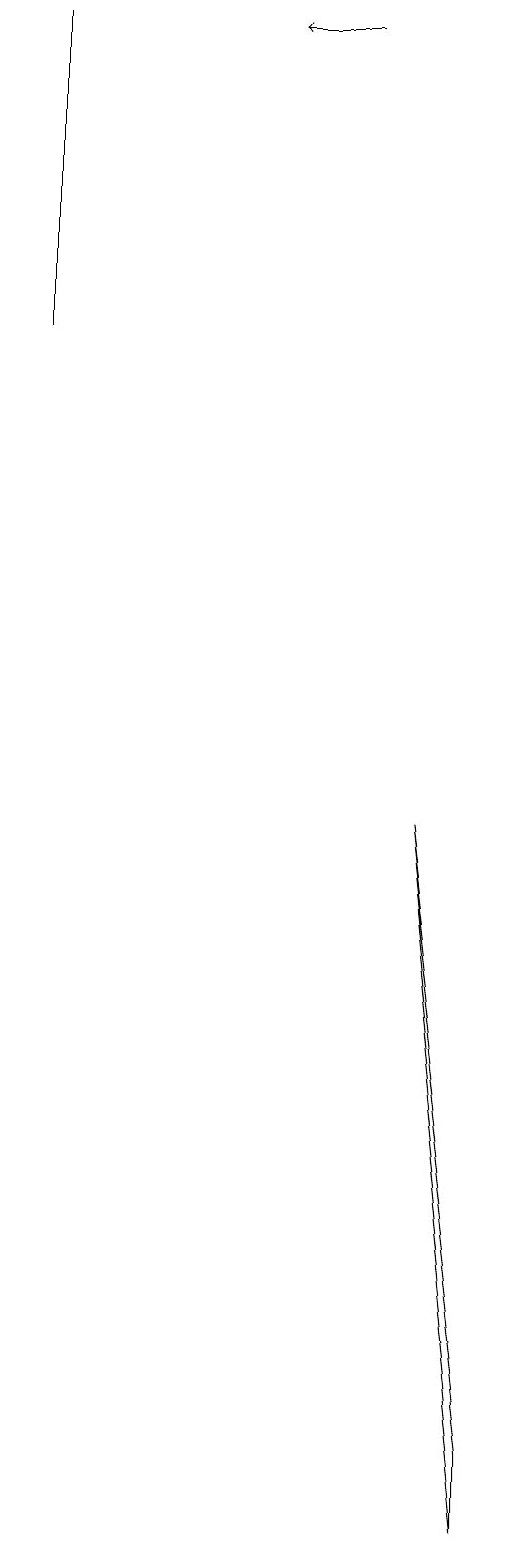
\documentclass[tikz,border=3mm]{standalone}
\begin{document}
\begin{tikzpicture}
\draw[->] (4,19) -- (3,19);
\draw (6,0) -- (5,9) -- (6,1) -- cycle;
\draw (0,15) rectangle (0,19);
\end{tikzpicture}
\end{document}